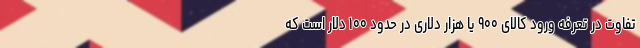
تفاوت در تعرفه ورود کالای ۹۰۰ یا هزار دلاری در حدود ۱۰۰ دلار است که